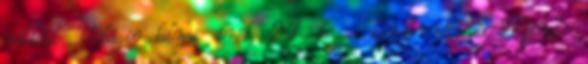
nélkül Világirodalmi irók 24 db - keret nélkül Méret: